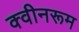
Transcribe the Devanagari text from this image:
क्वीनरूम